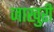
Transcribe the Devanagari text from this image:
जाखुरी